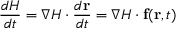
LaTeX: { \frac { d H } { d t } } = \nabla H \cdot { \frac { d \mathbf { r } } { d t } } = \nabla H \cdot \mathbf { f } ( \mathbf { r } , t )